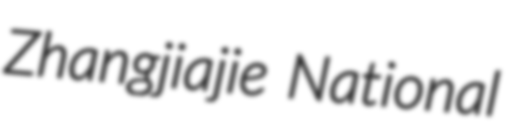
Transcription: Zhangjiajie National